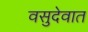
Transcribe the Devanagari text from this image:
वसुदेवात